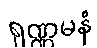
ရုဏ္ဏမနံ